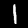
Digit: 1